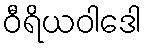
ဝီရိယဝါဒေါ